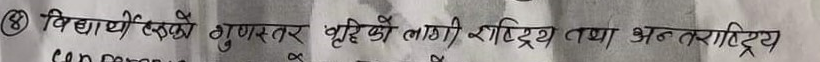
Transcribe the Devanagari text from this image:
विद्यार्थीहरुको गुणस्तर बृद्धिको लागी राष्ट्रिय तथा अन्तराष्ट्रिय